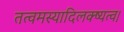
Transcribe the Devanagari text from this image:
तत्वमस्यादिलक्ष्यत्व।